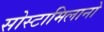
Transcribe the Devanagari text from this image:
सोस्टामिलानो